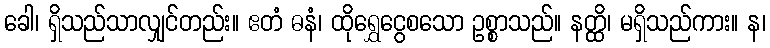
ခေါ၊ ရှိသည်သာလျှင်တည်း။ ဧတံ ဓနံ၊ ထိုရွှေငွေစသော ဥစ္စာသည်။ နတ္ထိ၊ မရှိသည်ကား။ န၊